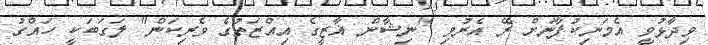
ވިދާޅުވީ އެމަނިކުފާނަށް ރޭ އެރުވި "ނިޝާން ޣާޒީގެ އިއްޒަތުގެ ވެރިކަން" ލަގަބަކީ ހައްގު